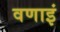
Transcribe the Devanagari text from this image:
वणाइं